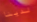
لدينا